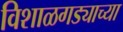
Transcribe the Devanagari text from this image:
विशाळगड्याच्या